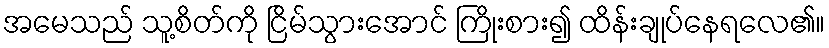
အမေသည် သူ့စိတ်ကို ငြိမ်သွားအောင် ကြိုးစား၍ ထိန်းချုပ်နေရလေ၏။